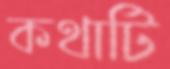
কথাটি